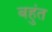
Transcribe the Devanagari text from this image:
बहुंत